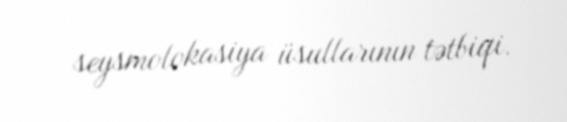
seysmolokasiya üsullarının tətbiqi.